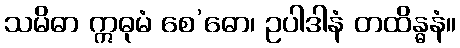
သမိဓာ ဣဓုမံ စေ’ဓော၊ ဥပါဒါနံ တထိန္ဓနံ။